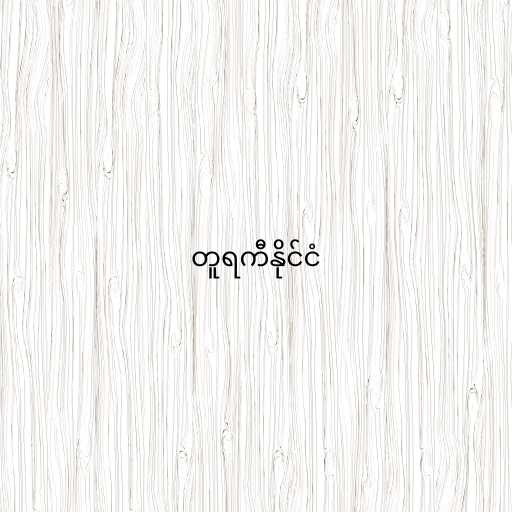
တူရကီနိုင်ငံ